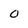
Character: o